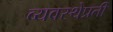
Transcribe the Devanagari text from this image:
व्यवस्थेप्रती